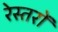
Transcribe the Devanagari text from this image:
रेस्तरों